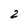
Character: 2